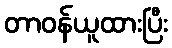
တာဝန်ယူထားပြီး